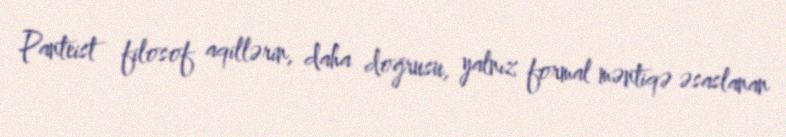
Panteist filosof aqillərin, daha doğrusu, yalnız formal məntiqə əsaslanan